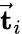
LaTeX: \vec{\mathbf t}_{i}